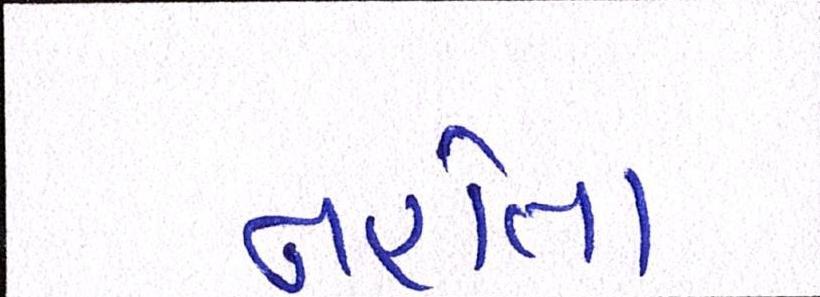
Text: નહોતા